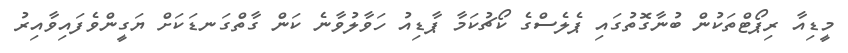
މީޑިއާ ރިޕޯޓްތަކުން ބުނާގޮތުގައި ޕެލެސްގެ ކޯޗުކަމާ ޕާޑިއު ހަވާލުވާނެ ކަން ގާތްގަނޑަކަށް ޔަގީންވެފައިވާއިރު